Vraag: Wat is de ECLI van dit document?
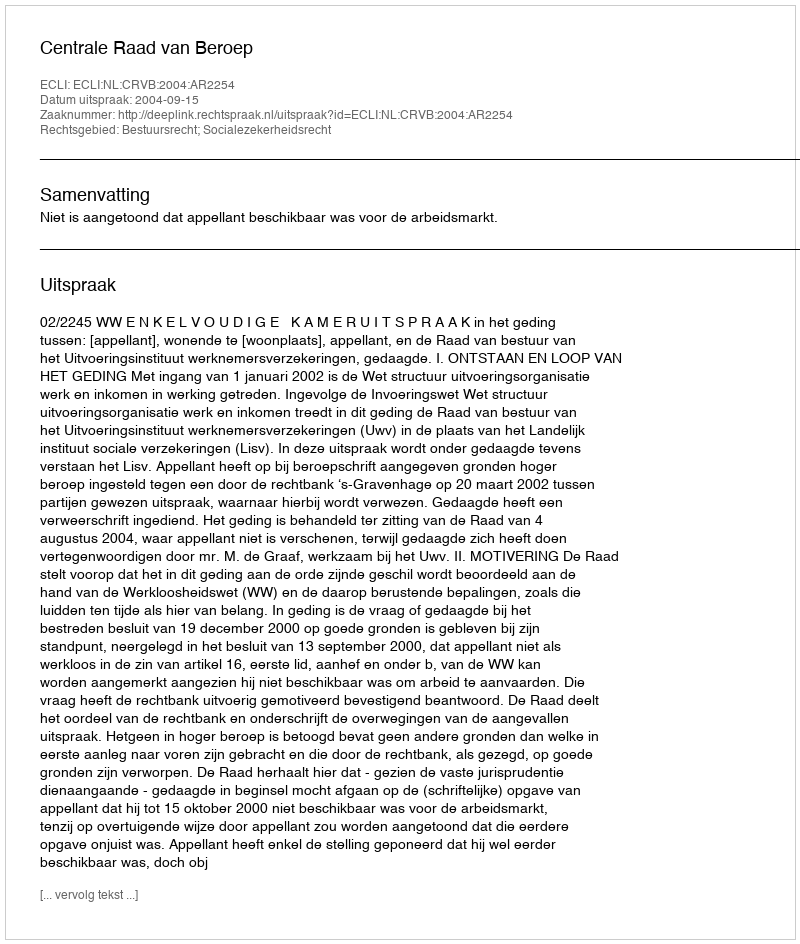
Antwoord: ECLI:NL:CRVB:2004:AR2254